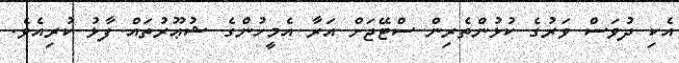
އެކި ދުވަސް ވަރުގެ ކުޅުންތެރިން ސްޓޭޖަށް އަރާ އެމީހުންގެ ޝުޢޫރުތައް ފާޅު ކުރިއެވެ.